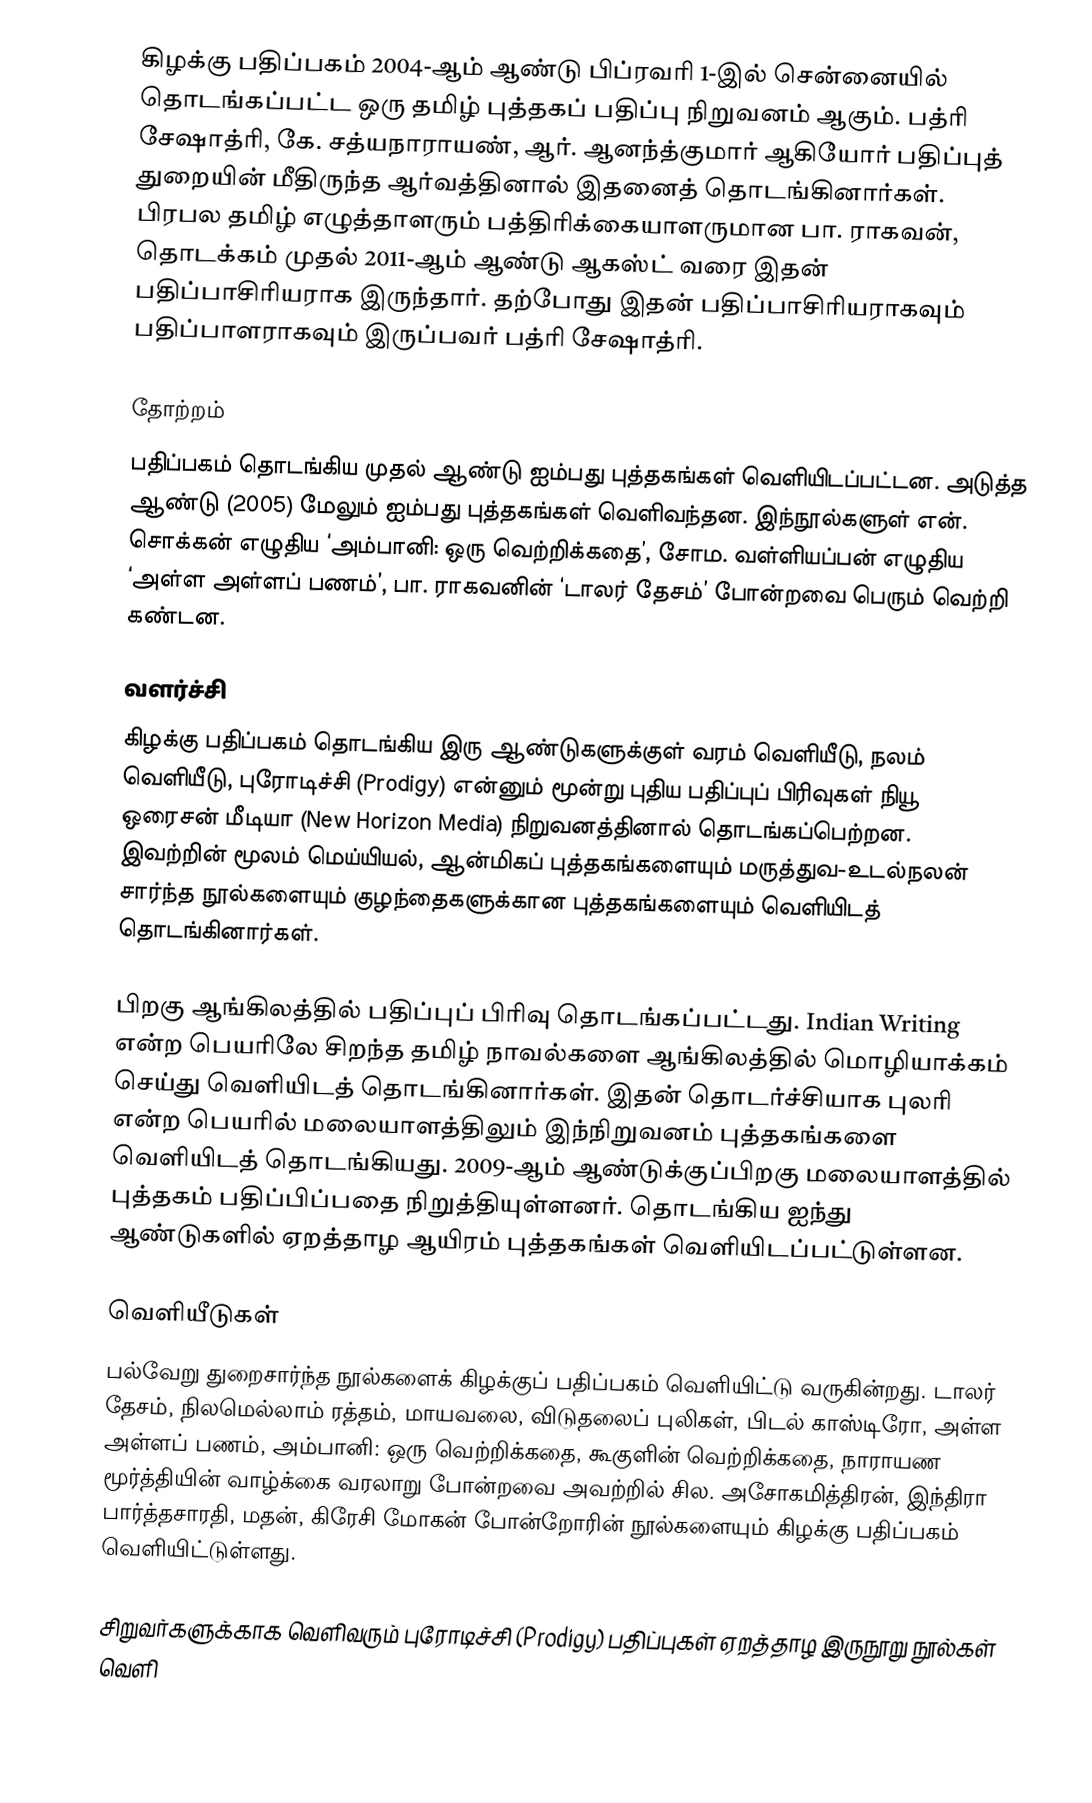
கிழக்கு பதிப்பகம் 2004-ஆம் ஆண்டு பிப்ரவரி 1-இல் சென்னையில் தொடங்கப்பட்ட ஒரு தமிழ் புத்தகப் பதிப்பு நிறுவனம் ஆகும். பத்ரி சேஷாத்ரி, கே. சத்யநாராயண், ஆர். ஆனந்த்குமார் ஆகியோர் பதிப்புத் துறையின் மீதிருந்த ஆர்வத்தினால் இதனைத் தொடங்கினார்கள். பிரபல தமிழ் எழுத்தாளரும் பத்திரிக்கையாளருமான பா. ராகவன், தொடக்கம் முதல் 2011-ஆம் ஆண்டு ஆகஸ்ட் வரை இதன் பதிப்பாசிரியராக இருந்தார். தற்போது இதன் பதிப்பாசிரியராகவும் பதிப்பாளராகவும் இருப்பவர் பத்ரி சேஷாத்ரி.

தோற்றம்
பதிப்பகம் தொடங்கிய முதல் ஆண்டு ஐம்பது புத்தகங்கள் வெளியிடப்பட்டன. அடுத்த ஆண்டு (2005) மேலும் ஐம்பது புத்தகங்கள் வெளிவந்தன. இந்நூல்களுள் என். சொக்கன் எழுதிய ‘அம்பானி: ஒரு வெற்றிக்கதை’, சோம. வள்ளியப்பன் எழுதிய ‘அள்ள அள்ளப் பணம்’, பா. ராகவனின் ‘டாலர் தேசம்’ போன்றவை பெரும் வெற்றி கண்டன.

வளர்ச்சி
கிழக்கு பதிப்பகம் தொடங்கிய இரு ஆண்டுகளுக்குள் வரம் வெளியீடு, நலம் வெளியீடு, புரோடிச்சி (Prodigy) என்னும் மூன்று புதிய பதிப்புப் பிரிவுகள் நியூ ஒரைசன் மீடியா (New Horizon Media) நிறுவனத்தினால் தொடங்கப்பெற்றன. இவற்றின் மூலம் மெய்யியல், ஆன்மிகப் புத்தகங்களையும் மருத்துவ-உடல்நலன் சார்ந்த நூல்களையும் குழந்தைகளுக்கான புத்தகங்களையும் வெளியிடத் தொடங்கினார்கள்.

பிறகு ஆங்கிலத்தில் பதிப்புப் பிரிவு தொடங்கப்பட்டது. Indian Writing என்ற பெயரிலே சிறந்த தமிழ் நாவல்களை ஆங்கிலத்தில் மொழியாக்கம் செய்து வெளியிடத் தொடங்கினார்கள். இதன் தொடர்ச்சியாக புலரி என்ற பெயரில் மலையாளத்திலும் இந்நிறுவனம் புத்தகங்களை வெளியிடத் தொடங்கியது. 2009-ஆம் ஆண்டுக்குப்பிறகு மலையாளத்தில் புத்தகம் பதிப்பிப்பதை நிறுத்தியுள்ளனர். தொடங்கிய ஐந்து ஆண்டுகளில் ஏறத்தாழ ஆயிரம் புத்தகங்கள் வெளியிடப்பட்டுள்ளன.

வெளியீடுகள்
பல்வேறு துறைசார்ந்த நூல்களைக் கிழக்குப் பதிப்பகம் வெளியிட்டு வருகின்றது. டாலர் தேசம், நிலமெல்லாம் ரத்தம், மாயவலை, விடுதலைப் புலிகள், பிடல் காஸ்டிரோ, அள்ள அள்ளப் பணம், அம்பானி: ஒரு வெற்றிக்கதை, கூகுளின் வெற்றிக்கதை, நாராயண மூர்த்தியின் வாழ்க்கை வரலாறு போன்றவை அவற்றில் சில. அசோகமித்திரன், இந்திரா பார்த்தசாரதி, மதன், கிரேசி மோகன் போன்றோரின் நூல்களையும் கிழக்கு பதிப்பகம் வெளியிட்டுள்ளது.

சிறுவர்களுக்காக வெளிவரும் புரோடிச்சி (Prodigy) பதிப்புகள் ஏறத்தாழ இருநூறு நூல்கள் வெளி